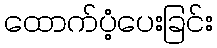
ထောက်ပံ့ပေးခြင်း